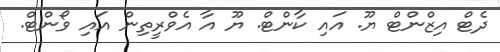
ދެޓް އިޒްންޓް ޔޫ. އައި ކާންޓް. ޔޫ އާ އެވްރީތިން އައި ވޯންޓް.